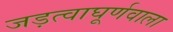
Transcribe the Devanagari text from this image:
जड़त्वाघूर्णवाला